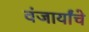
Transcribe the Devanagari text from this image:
वंजार्यांचे